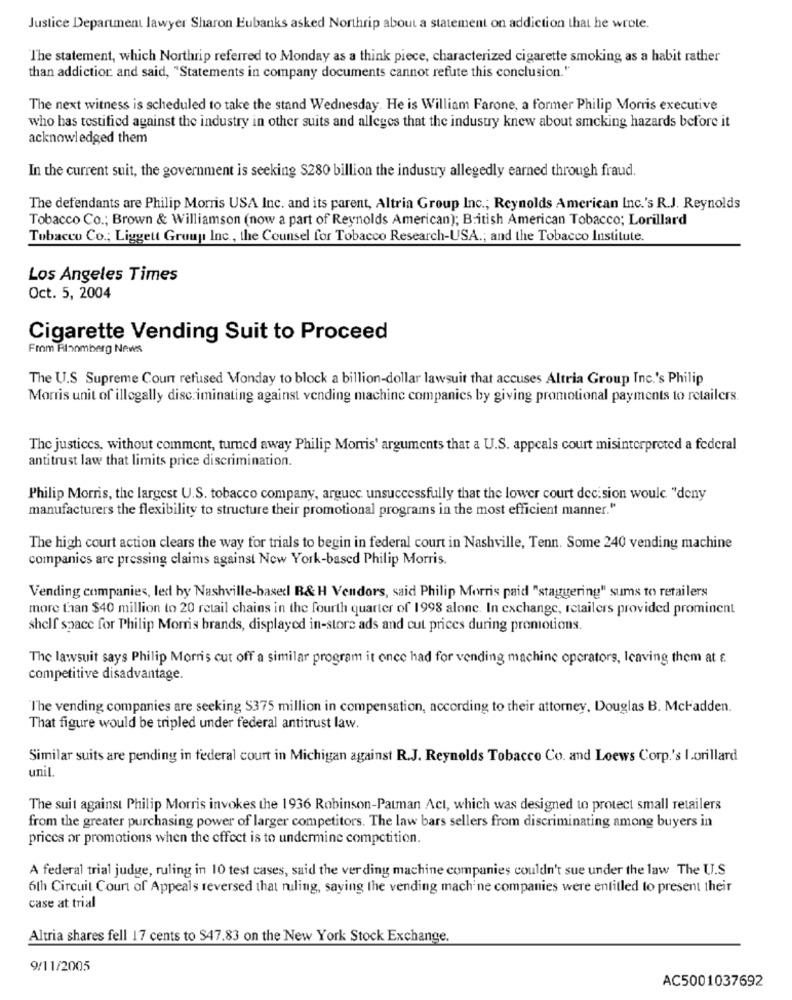
Justice Department lawyer Sharon Eubanks asked Northrip about a statement on addiction that he wrote.
The statement, which Northrip referred to Monday as a think piece, characterized cigarette smoking as a habit rather
than addiction and said, "Statements in company documents cannot refute this conclusion."
The next witness is scheduled to take the stand Wednesday. He is William Farone, a former Philip Morris executive
who has testified against the industry in other suits and alleges that the industry knew about smoking hazards before it
acknowledged them
In the current suit, the government is seeking S280 billion the industry allegedly earned through fraud.
The defendants are Philip Morris USA Inc. and its parent, Altria Group Inc .; Reynolds American Inc.'s R.J. Reynolds
Tobacco Co .; Brown & Williamson (now a part of Reynolds American); British American Tobacco; Lorillard
Tobacco Co .; Liggett Group Inc ., the Counsel for Tobacco Research-USA .; and the Tobacco Institute.
Los Angeles Times
Oct. 5, 2004
Cigarette Vending Suit to Proceed
From Bloomberg News
The U.S. Supreme Coun refused Monday to block a billion-dollar lawsuit that accuses Altria Group Inc.'s Philip
Morris unit of illegally discriminating against vending machine companies by giving promotional payments to retailers.
The justices, without comment, turned away Philip Morris' arguments that a U.S. appeals court misinterpreted a federal
antitrust law that limits price discrimination.
Philip Morris, the largest U.S. tobacco company, argucc unsuccessfully that the lower court decision woule. "deny
manufacturers the flexibility to structure their promotional programs in the most efficient manner."
The high court action clears the way for trials to begin in federal court in Nashville, Tenn. Some 240 vending machine
companies are pressing claims against New York-based Philip Morris.
Vending companies, led by Nashville-based B& H Vendors, said Philip Morris paid "staggering" sums to retailers
more than $40 million to 20 retail chains in the fourth quarter of 1998 alone. In exchange, retailers provided prominent
shelf space for Philip Morris brands, displayed in-store ads and cut prices during promotions.
The lawsuit says Philip Morris cut off a similar program it once had for vending machine operators, leaving them at .
competitive disadvantage.
T'he vending companies are seeking $375 million in compensation, according to their attorney, Douglas B. Mcl'adden.
That figure would be tripled under federal antitrust law.
Similar suits are pending in federal court in Michigan against R.J. Reynolds Tobacco Co. and Loews Corp.'s lorillard
unil.
The suit against Philip Morris invokes the 1936 Robinson-Patman Act, which was designed to protect small retailers
from the greater purchasing power of larger competitors. The law bars sellers from discriminating among buyers in
prices or promotions when the effect is to undermine competition.
A federal trial judge, ruling in 10 test cases, said the ver ding machine companies couldn't sue under the law The U.S
6th Circuit Court of Appeals reversed that ruling, saying the vending machine companies were entitled to present their
case at trial
Altria shares fell 17 cents to $47.83 on the New York Stock Exchange.
9/11/2005
AC5001037692